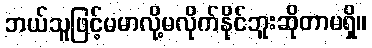
ဘယ်သူဖြင့်မမာလို့မလိုက်နိုင်ဘူးဆိုတာမရှိ။